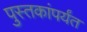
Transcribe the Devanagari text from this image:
पुस्तकांपर्यंत